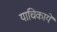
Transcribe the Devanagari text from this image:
याचिकायें